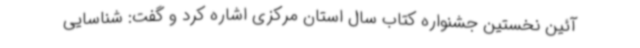
آئین نخستین جشنواره کتاب سال استان مرکزی اشاره کرد و گفت: شناسایی